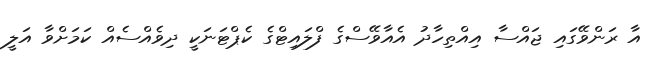
އާ ރަންވޭގައި ޖައްސާ އިއްތިހާދު އެއާވޭސްގެ ފްލައިޓްގެ ކެޕްޓަނަކީ ދިވެއްސެއް ކަމަށްވާ އަލީ